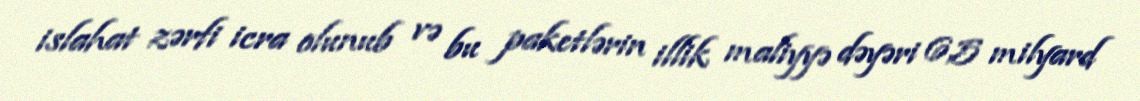
islahat zərfi icra olunub və bu paketlərin illik maliyyə dəyəri 6,5 milyard